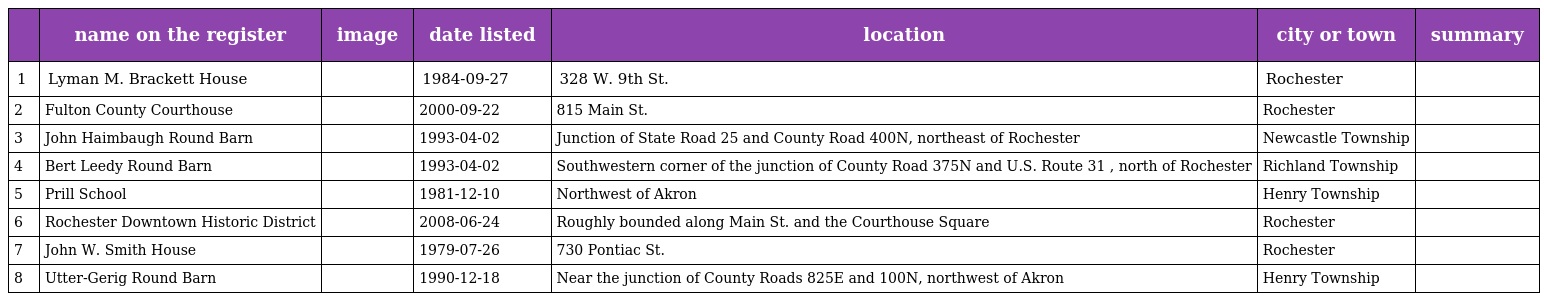
|  | name on the register | image | date listed | location | city or town | summary |
 | --- | --- | --- | --- | --- | --- | --- |
 | 1 | Lyman M. Brackett House |  | 1984-09-27 | 328 W. 9th St. | Rochester |  |
 | 2 | Fulton County Courthouse |  | 2000-09-22 | 815 Main St. | Rochester |  |
 | 3 | John Haimbaugh Round Barn |  | 1993-04-02 | Junction of State Road 25 and County Road 400N, northeast of Rochester | Newcastle Township |  |
 | 4 | Bert Leedy Round Barn |  | 1993-04-02 | Southwestern corner of the junction of County Road 375N and U.S. Route 31 , north of Rochester | Richland Township |  |
 | 5 | Prill School |  | 1981-12-10 | Northwest of Akron | Henry Township |  |
 | 6 | Rochester Downtown Historic District |  | 2008-06-24 | Roughly bounded along Main St. and the Courthouse Square | Rochester |  |
 | 7 | John W. Smith House |  | 1979-07-26 | 730 Pontiac St. | Rochester |  |
 | 8 | Utter-Gerig Round Barn |  | 1990-12-18 | Near the junction of County Roads 825E and 100N, northwest of Akron | Henry Township |  |